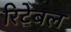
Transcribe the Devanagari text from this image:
रिटेबल